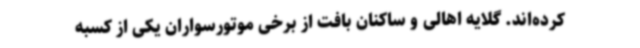
کرده‌اند. گلایه اهالی و ساکنان بافت از برخی موتورسواران یکی از کسبه